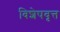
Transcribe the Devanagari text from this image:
विशेषवृत्त